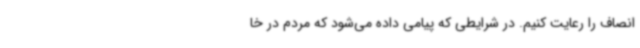
انصاف را رعایت کنیم. در شرایطی که پیامی داده می‌شود که مردم در خا